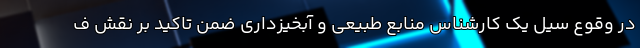
در وقوع سیل یک کارشناس منابع طبیعی و آبخیزداری ضمن تاکید بر نقش ف